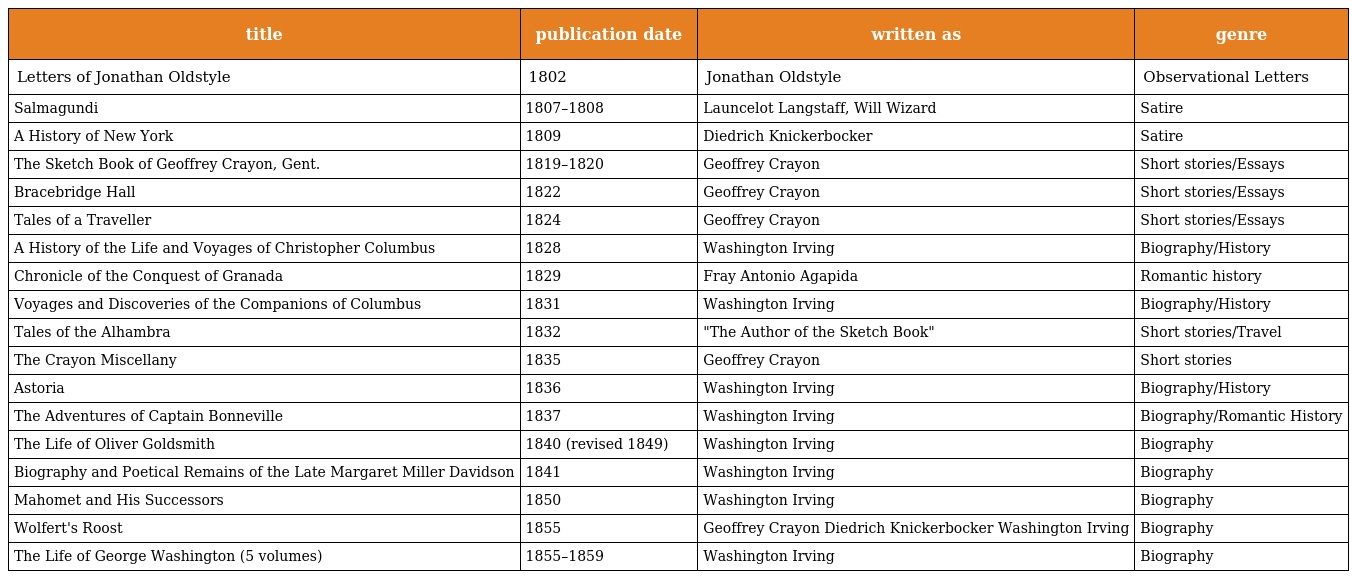
| title | publication date | written as | genre |
 | --- | --- | --- | --- |
 | Letters of Jonathan Oldstyle | 1802 | Jonathan Oldstyle | Observational Letters |
 | Salmagundi | 1807–1808 | Launcelot Langstaff, Will Wizard | Satire |
 | A History of New York | 1809 | Diedrich Knickerbocker | Satire |
 | The Sketch Book of Geoffrey Crayon, Gent. | 1819–1820 | Geoffrey Crayon | Short stories/Essays |
 | Bracebridge Hall | 1822 | Geoffrey Crayon | Short stories/Essays |
 | Tales of a Traveller | 1824 | Geoffrey Crayon | Short stories/Essays |
 | A History of the Life and Voyages of Christopher Columbus | 1828 | Washington Irving | Biography/History |
 | Chronicle of the Conquest of Granada | 1829 | Fray Antonio Agapida | Romantic history |
 | Voyages and Discoveries of the Companions of Columbus | 1831 | Washington Irving | Biography/History |
 | Tales of the Alhambra | 1832 | "The Author of the Sketch Book" | Short stories/Travel |
 | The Crayon Miscellany | 1835 | Geoffrey Crayon | Short stories |
 | Astoria | 1836 | Washington Irving | Biography/History |
 | The Adventures of Captain Bonneville | 1837 | Washington Irving | Biography/Romantic History |
 | The Life of Oliver Goldsmith | 1840 (revised 1849) | Washington Irving | Biography |
 | Biography and Poetical Remains of the Late Margaret Miller Davidson | 1841 | Washington Irving | Biography |
 | Mahomet and His Successors | 1850 | Washington Irving | Biography |
 | Wolfert's Roost | 1855 | Geoffrey Crayon Diedrich Knickerbocker Washington Irving | Biography |
 | The Life of George Washington (5 volumes) | 1855–1859 | Washington Irving | Biography |